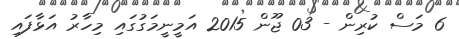
6 މަސް ކުރިން - 03 ޖޫން 2015 އަމީނީމަގުގައި މިހާރު އަޅާފައި